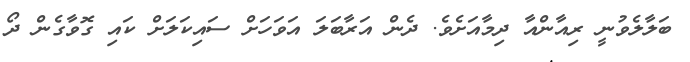
ބަލާލެވުނީ ރިއާންއާ ދިމާއަށެވެ. ދެން އަރާބަލަ އަވަހަށް ސައިކަލަށް ކައި ގޮވާގެން ދޯ